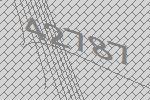
42787